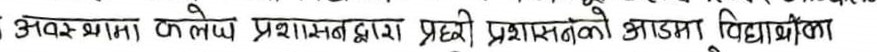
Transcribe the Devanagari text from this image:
अवस्थामा क लोप प्रशासन द्वारा प्रहरी प्रशासनको आज्ञा विद्यार्थीला